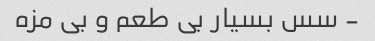
- سس بسیار بی طعم و بی مزه